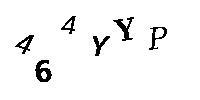
464YYP